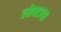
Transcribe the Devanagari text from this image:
लोफ्टास